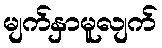
မျက်နှာမူလျက်